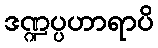
ဒဏ္ဍပ္ပဟာရာပိ